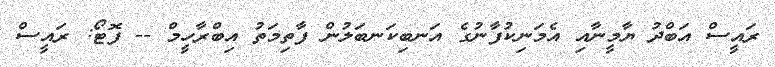
ރައީސް އަބްދު ޔާމީނާއި އެމަނިކުފާނުގެ އަނބިކަނބަލުން ފާތިމަތު އިބްރާހީމް -- ފޮޓޯ: ރައީސް